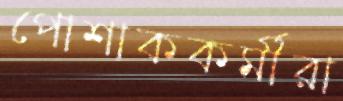
পোশাককর্মীরা